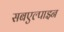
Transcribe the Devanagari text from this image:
सबएल्पाइन